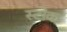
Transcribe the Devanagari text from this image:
स्‍टोक